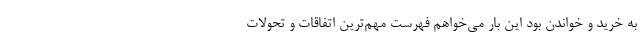
به خرید و خواندن بود این بار می‌خواهم فهرست مهم‌ترین اتفاقات و تحولات